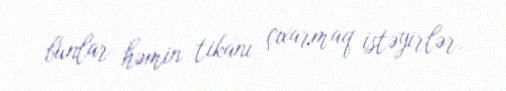
bunlar həmin tikanı çıxarmaq istəyirlər.